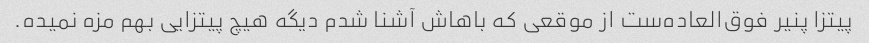
پیتزا پنیر فوق‌العاده‌ست از موقعی که باهاش آشنا شدم دیگه هیچ پیتزایی بهم مزه نمیده.